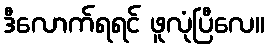
ဒီလောက်ရရင် ဖူလုံပြီလေ။